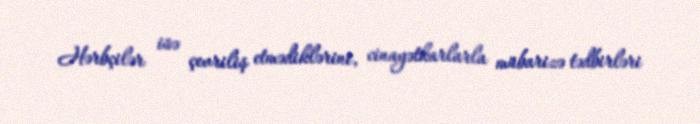
Hərbçilər isə çevriliş etmədiklərini, cinayətkarlarla mübarizə tədbirləri